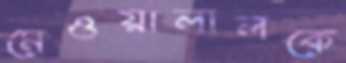
মেওয়ালালকে